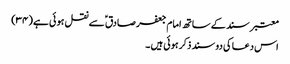
معتبر سند کے ساتھ امام جعفر صادق ؑ سے نقل ہو ئی ہے (۳۴)
اس دعا کی دو سند ذکر ہوئی ہیں ۔